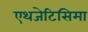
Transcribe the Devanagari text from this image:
एथजेटिसिमा